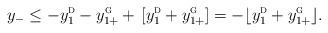
LaTeX: \begin{align*}y_- \le -y_1^{\textsc{d}} \mkern-.5mu-\mkern.5mu y_{1\mkern-1mu +}^{\textsc{g}}\mkern-.5mu+\mkern2.5mu[\mkern.3mu y_1^{\textsc{d}} \mkern-.5mu+\mkern.5mu y_{1\mkern-1mu +}^{\textsc{g}}]=-\lfloor y_1^{\textsc{d}} \mkern-.5mu+\mkern.5mu y_{1\mkern-1mu +}^{\textsc{g}} \rfloor.\end{align*}